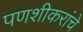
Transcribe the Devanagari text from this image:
पणशीकरांचे